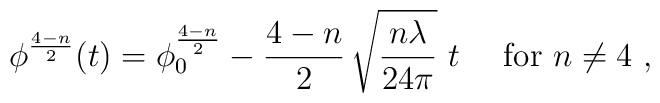
\phi^{4-n\over 2}(t)=\phi^{4-n\over 2}_0 - \frac{4-n}{2}\,\sqrt{\frac{n \lambda}{24 \pi}} \ t \ \ \ \ \mbox{for} \ n\not = 4\ ,